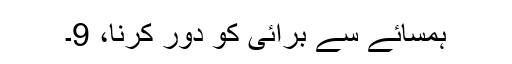
ہمسائے سے برائی کو دور کرنا، 9۔